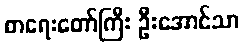
စာရေးတော်ကြီး ဦးအောင်သာ